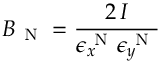
B _ { \mathrm { ~ N ~ } } = \frac { 2 \, I } { \epsilon _ { x } ^ { \mathrm { ~ N ~ } } \epsilon _ { y } ^ { \mathrm { ~ N ~ } } }